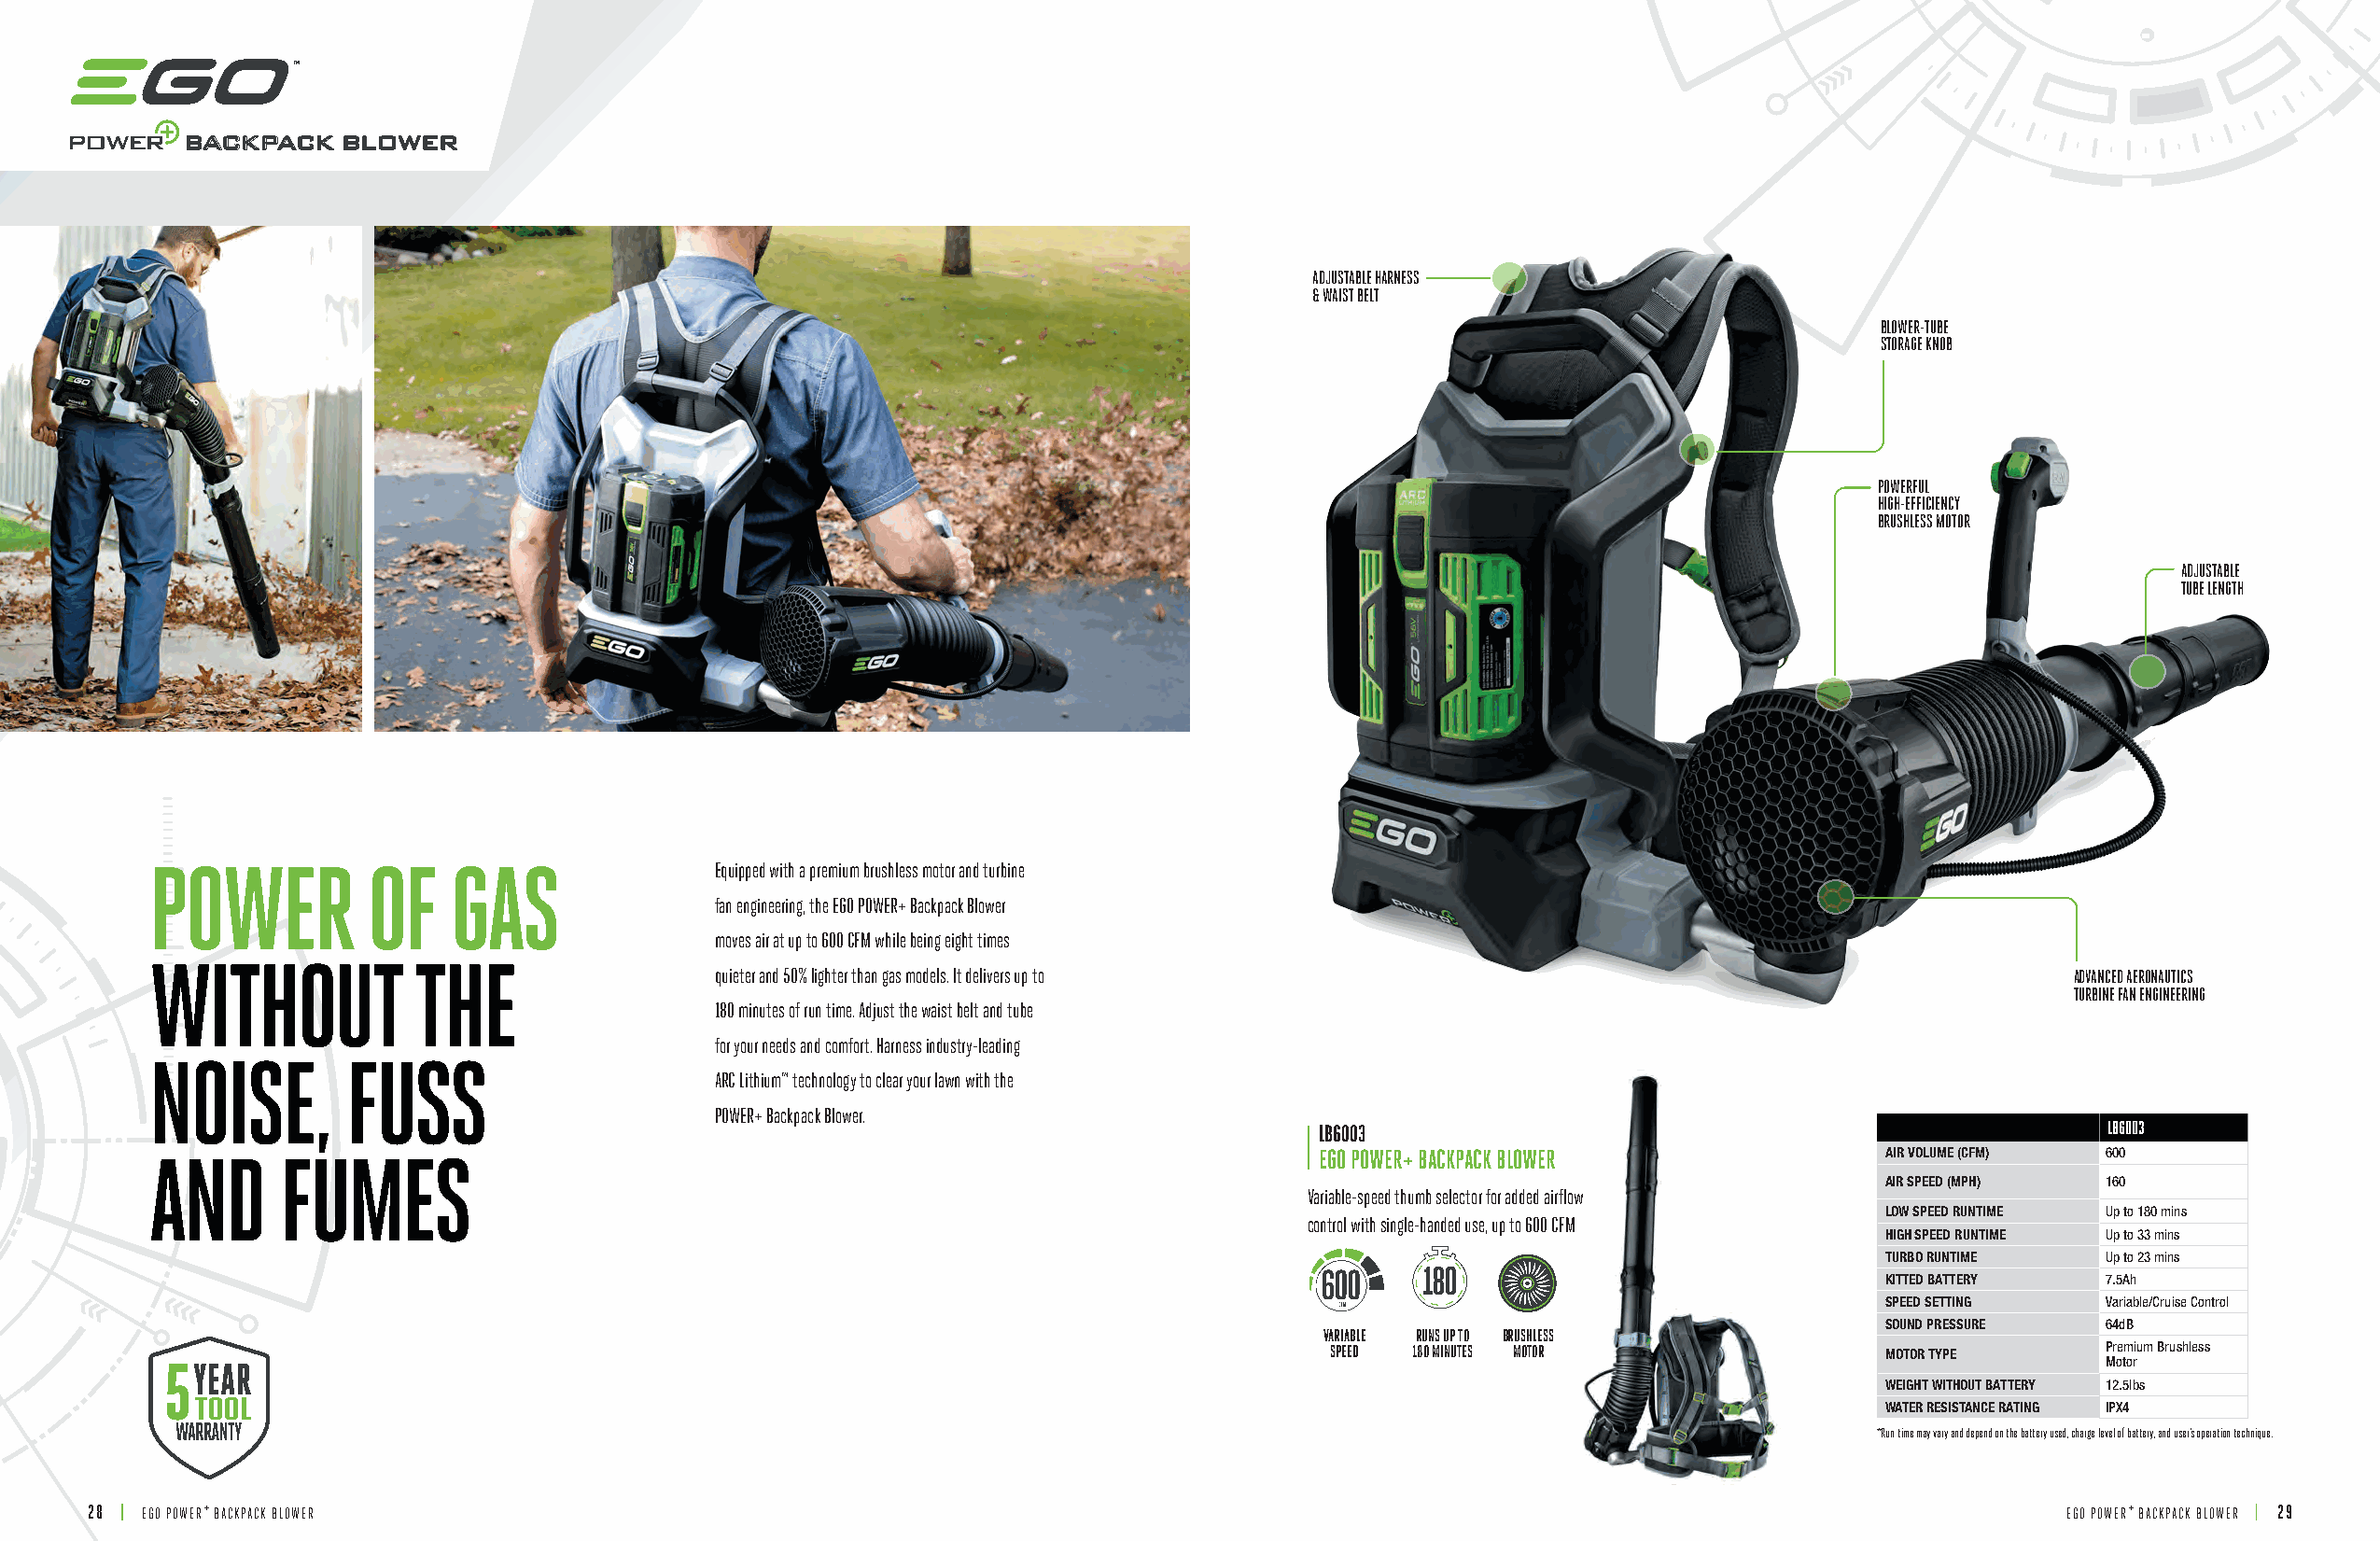
BBAACCKKPPAACCKK BBLLOOWWEERR
 ADJUSTABLE HARNESS
 & WAIST BELT
 BLOWER-TUBE
 STORAGE KNOB
 POWERFUL
 HIGH-EFFICIENCY
 BRUSHLESS MOTOR
 ADJUSTABLE
 TUBE LENGTH
 POWER          OF    GAS                Equipped with a premium brushless motor and turbine
 fan engineering, the EGO POWER+ Backpack Blower
 moves air at up to 600 CFM while being eight times
 WITHOUT           THE
 quieter and 50% lighter than gas models. It delivers up to                                      ADVANCED AERONAUTICS
 TURBINE FAN ENGINEERING
 180 minutes of run time. Adjust the waist belt and tube
 for your needs and comfort. Harness industry-leading
 NOISE         FUSS
 ,
 ARC Lithium™ technology to clear your lawn with the
 POWER+ Backpack Blower.
 LB6003                                                 LB6003
 AND      FUMES                                                                     EGO POWER+ BACKPACK BLOWER              AIR VOLUME (CFM) 600
 AIR SPEED (MPH) 160
 Variable-speed thumb selector for added airflow
 LOW SPEED RUNTIME Up to 180 mins
 control with single-handed use, up to 600 CFM
 HIGH SPEED RUNTIME Up to 33 mins
 TURBO RUNTIME  Up to 23 mins
 600    180
 KITTED BATTERY 7.5Ah
 SPEED SETTING  Variable/Cruise Control
 SOUND PRESSURE 64dB
 VARIABLE RUNS UP TO BRUSHLESS
 SPEED 180 MINUTES MOTOR                 MOTOR TYPE     Premium Brushless
 Motor
 WEIGHT WITHOUT BATTERY 12.5lbs
 WATER RESISTANCE RATING IPX4
 *Run time may vary and depend on the battery used, charge level of battery, and user’s operation technique.
 28 | EGO POWER+ BACKPACK BLOWER                                                                                                              EGO POWER+ BACKPACK BLOWER | 29